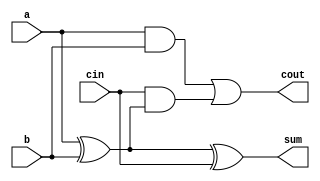
module FullAdder(
    input a,          // First input bit
    input b,          // Second input bit
    input cin,        // Carry input from the previous stage
    output sum,       // Sum output
    output cout       // Carry output
);
    assign sum = a ^ b ^ cin; // Sum calculation
    assign cout = (a & b) | (cin & (a ^ b)); // Carry calculation
endmodule